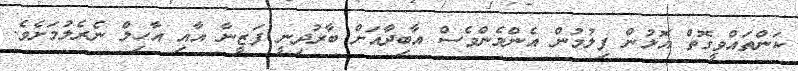
ކަންތައްވީގޮތް އޮޅުން ފިލުމުން އެންމެންވެސް އާބިދާއަށް ބާރުދިނީ ފަޒީނާ އާއި އާހިލް ނެރެލުމަށެވެ.